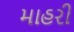
માહરી